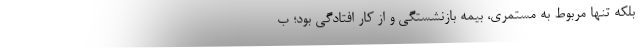
بلکه تنها مربوط به مستمری، بیمه بازنشستگی و از کار افتادگی بود؛ ب